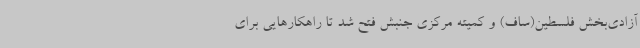
آزادی‌بخش فلسطین(ساف) و کمیته مرکزی جنبش فتح شد تا راهکارهایی برای